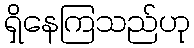
ရှိနေကြသည်ဟု